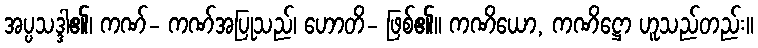
အပ္ပသဒ္ဒါ၏၊ ကဏ်- ကဏ်အပြုသည်၊ ဟောတိ- ဖြစ်၏။ ကဏိယော, ကဏိဋ္ဌော ဟူသည်တည်း။